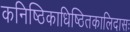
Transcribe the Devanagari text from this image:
कनिष्ठिकाधिष्ठितकालिदासः